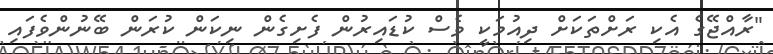
"ރާއްޖޭގެ އެކި ރަށްތަކަށް ދިއުމަކީ ވެސް ކުޑައިރުން ފެށިގެން ނިކަން ކުރަން ބޭނުންވެފައި